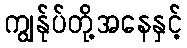
ကျွန်ုပ်တို့အနေနှင့်